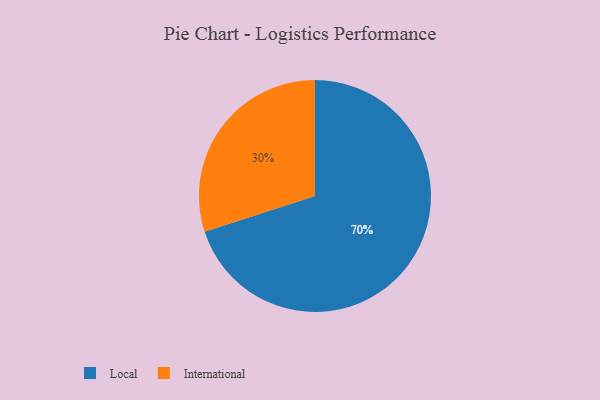
{"axis": {"x": "Category", "y": "Percentage"}, "legend": ["International", "Local"], "data": [{"x": "Local", "y": 70, "type": "Local"}, {"x": "International", "y": 30, "type": "International"}]}